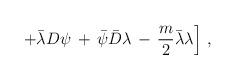
LaTeX: \begin{align*}\left. + {\bar\lambda}D \psi \,+\, {\bar\psi}{\bar D} \lambda \,-\,\frac{m}{2}{\bar\lambda}\lambda \right]\,,\end{align*}